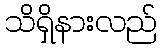
သိရှိနားလည်